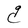
Character: g